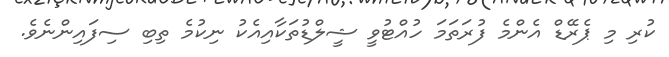
ކުރި މި ޕެރޭޑް އެންމެ ފުރަތަމަ ހުއްޓުވީ ޝީލްޑުތަކާއިއެކު ނިކުމެ ތިބި ސިފައިންނެވެ.